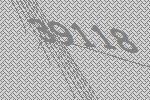
39118